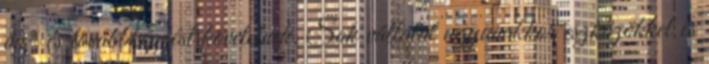
ön- és továbbképzést követelnek. Sok vállalat ugyanakkor eszközökkel és